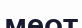
меот